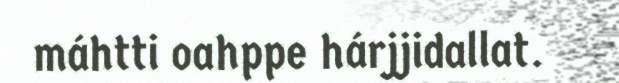
máhtti oahppe hárjjidallat.